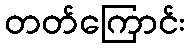
တတ်ကြောင်း